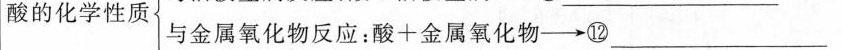
酸的化学性质 与金属氧化物反应：酸+金属氧化物-→⑫___